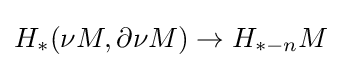
H_{*}(\nu M,\partial \nu M)\to H_{*-n}M